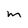
Character: M